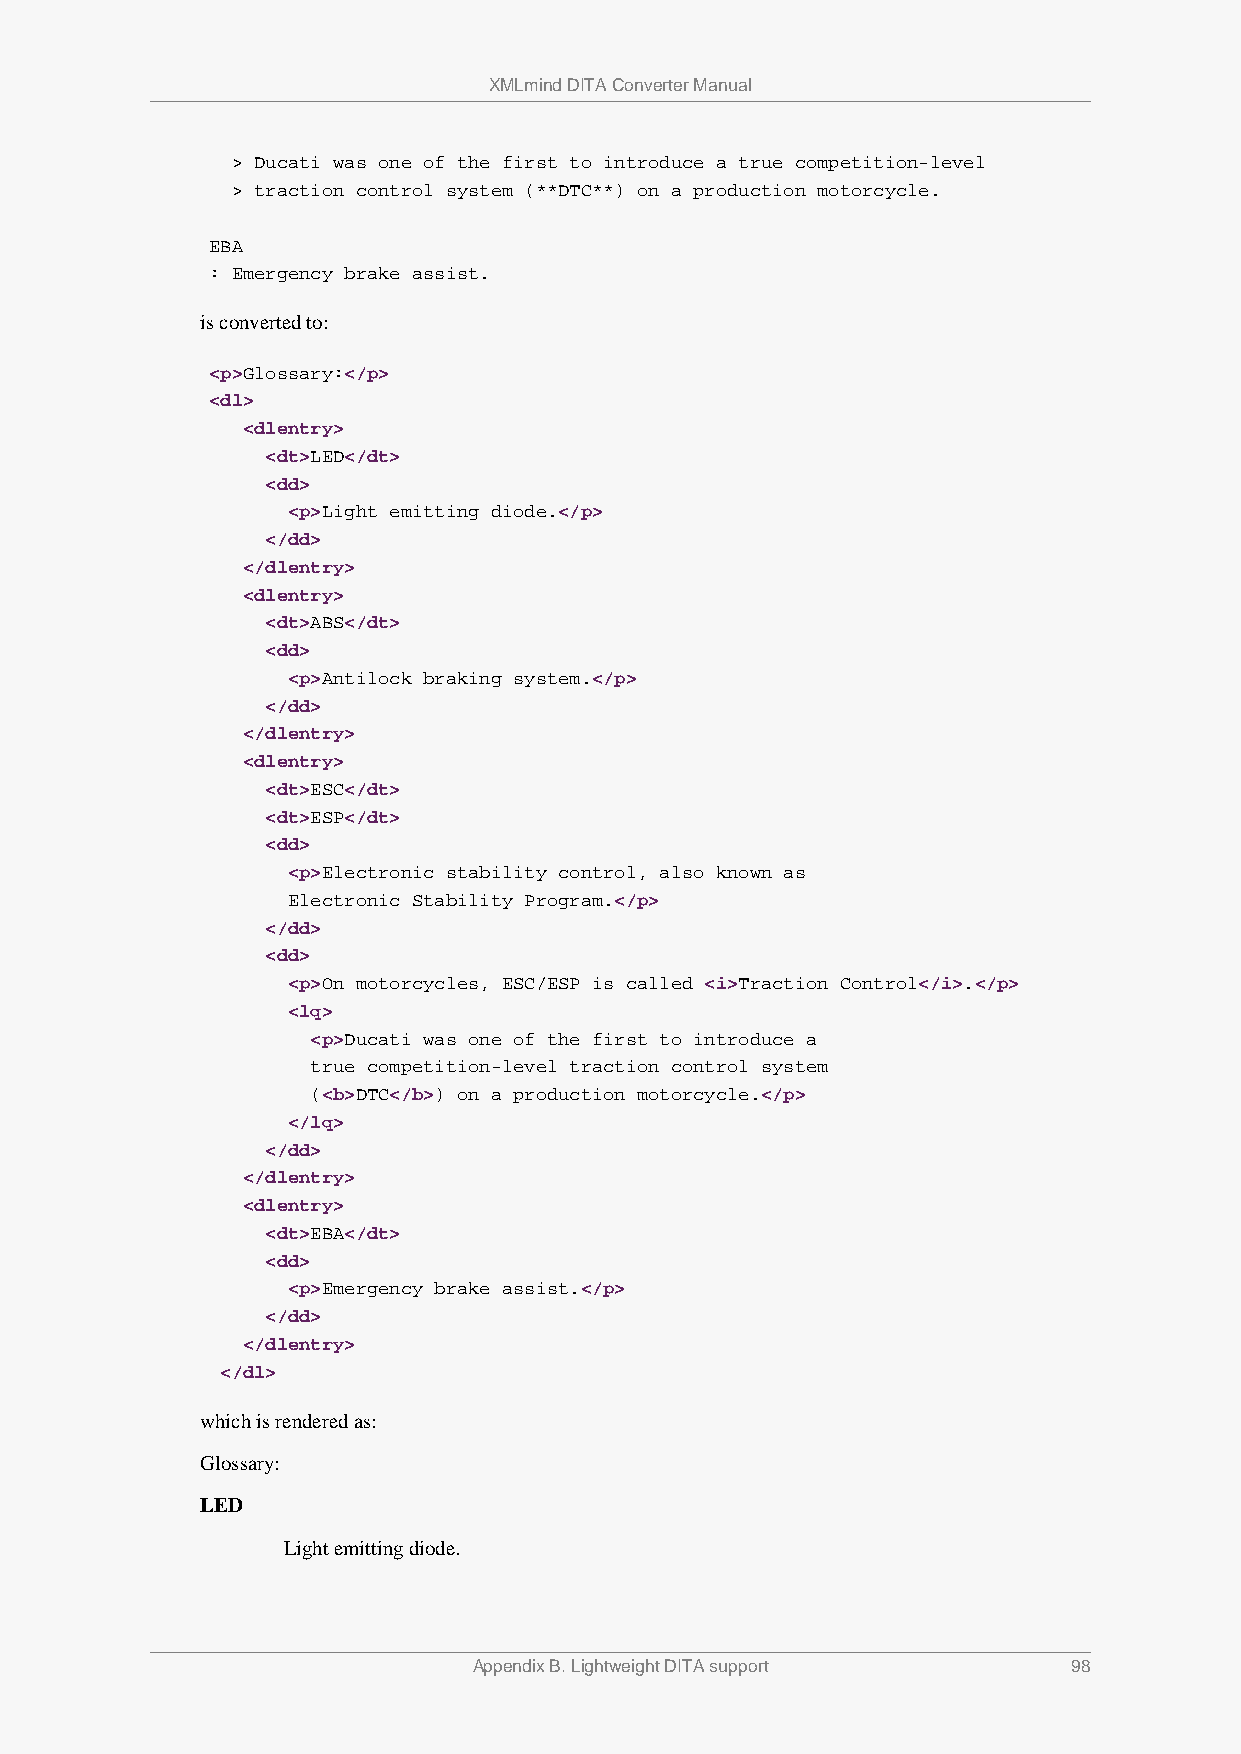
XMLmind DITA Converter Manual
 > Ducati was one of the first to introduce a true competition-level
 > traction control system (**DTC**) on a production motorcycle.
 EBA
 : Emergency brake assist.
 is converted to:
 <p>Glossary:</p>
 <dl>
 <dlentry>
 <dt>LED</dt>
 <dd>
 <p>Light emitting diode.</p>
 </dd>
 </dlentry>
 <dlentry>
 <dt>ABS</dt>
 <dd>
 <p>Antilock braking system.</p>
 </dd>
 </dlentry>
 <dlentry>
 <dt>ESC</dt>
 <dt>ESP</dt>
 <dd>
 <p>Electronic stability control, also known as
 Electronic Stability Program.</p>
 </dd>
 <dd>
 <p>On motorcycles, ESC/ESP is called <i>Traction Control</i>.</p>
 <lq>
 <p>Ducati was one of the first to introduce a
 true competition-level traction control system
 (<b>DTC</b>) on a production motorcycle.</p>
 </lq>
 </dd>
 </dlentry>
 <dlentry>
 <dt>EBA</dt>
 <dd>
 <p>Emergency brake assist.</p>
 </dd>
 </dlentry>
 </dl>
 which is rendered as:
 Glossary:
 LED
 Light emitting diode.
 Appendix B. Lightweight DITA support    98